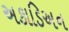
અકાડિઅન